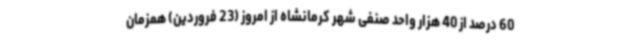
60 درصد از 40 هزار واحد صنفی شهر کرمانشاه از امروز (23 فروردین) همزمان